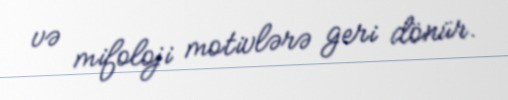
və mifoloji motivlərə geri dönür.